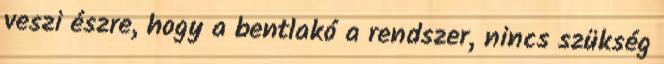
veszi észre, hogy a bentlakó a rendszer, nincs szükség